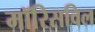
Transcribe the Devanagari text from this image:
मॉरिसविल